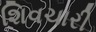
શિવચારી